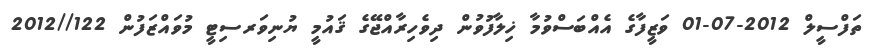
ތަފްސީލް 2012-07-01 ވަޒީފާގެ އެއްބަސްވުމާ ޚިލާފުވުން ދިވެހިރާއްޖޭގެ ޤައުމީ ޔުނިވަރސިޓީ މުވައްޒަފުން 122//2012